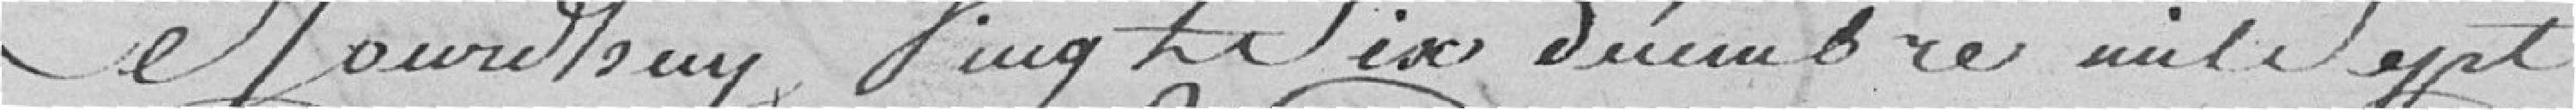
Ce Jourd'huy Vingt Six décembre mil Sept